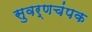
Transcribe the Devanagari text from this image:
सुवर्णचंपक